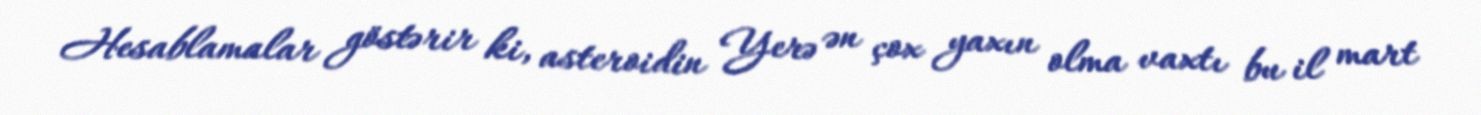
Hesablamalar göstərir ki, asteroidin Yerə ən çox yaxın olma vaxtı bu il mart